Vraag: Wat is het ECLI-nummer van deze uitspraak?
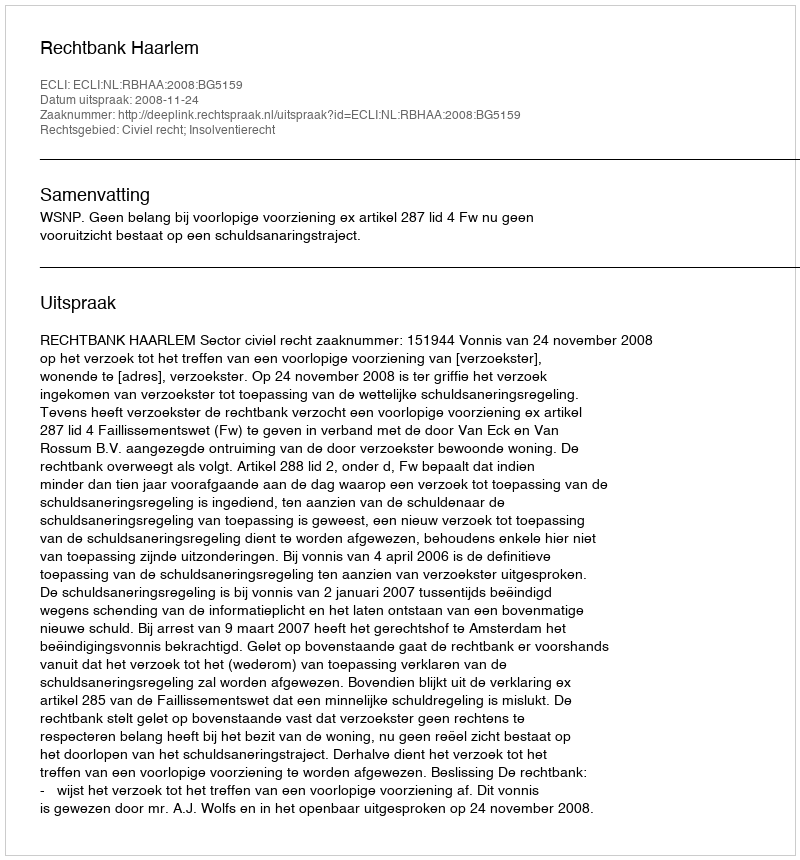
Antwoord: ECLI:NL:RBHAA:2008:BG5159